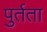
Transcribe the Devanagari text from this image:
पुर्तता